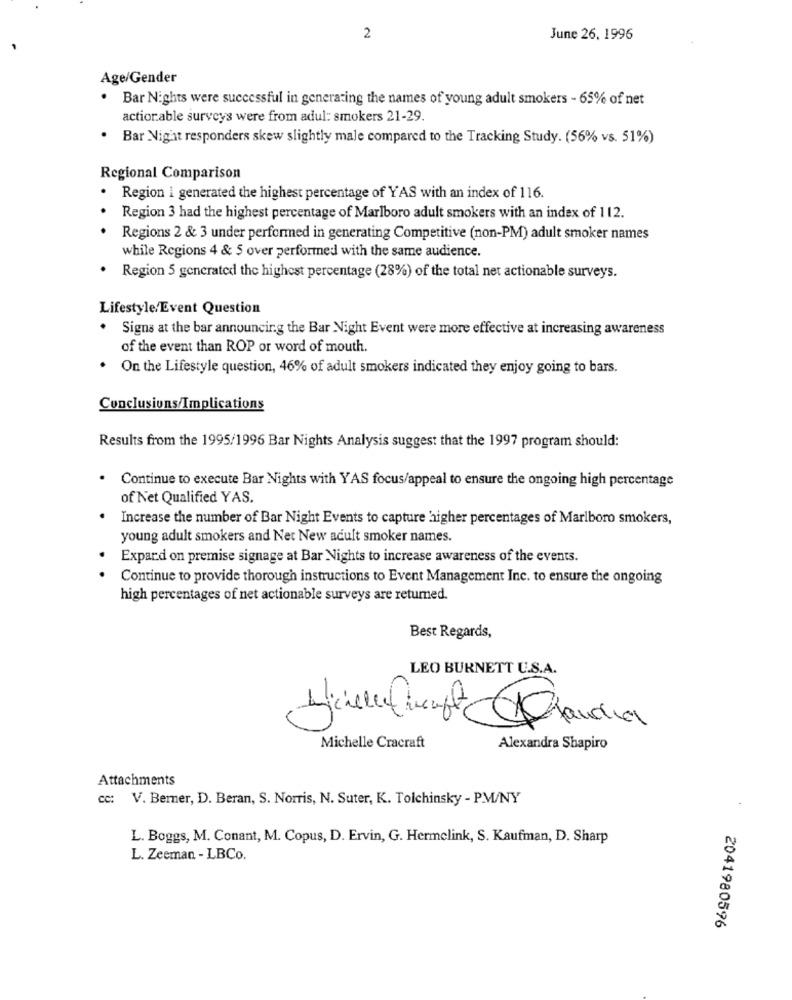
2
June 26, 1996
Age/Gender
.
Bar Nights were successful in generating the names of young adult smokers - 65% of net
actionable surveys were from adul: smokers 21-29.
.
Bar Nigat responders skew slightly male compared to the Tracking Study. (56% vs. 51%)
Regional Comparison
. Region i generated the highest percentage of YAS with an index of 116.
Region 3 had the highest percentage of Marlboro adult smokers with an index of 112.
Regions 2 & 3 under performed in generating Competitive (non-PM) adult smoker names
while Regions 4 & S over performed with the same audience.
Region 5 generated the highest percentage (28%) of the total net actionable surveys.
Lifestyle/Event Question
.
Signs at the bar announcing the Bar Night Event were more effective at increasing awareness
of the event than ROP or word of mouth.
. On the Lifestyle question, 46% of adult smokers indicated they enjoy going to bars.
Conclusions/Implications
Results from the 1995/1996 Bar Nights Analysis suggest that the 1997 program should:
. Continue to execute Bar Nights with YAS focus/appeal to ensure the ongoing high percentage
of Net Qualified YAS.
Increase the number of Bar Night Events to capture higher percentages of Marlboro smokers,
young adult smokers and Net New adult smoker names.
. Expand on premise signage at Bar Nights to increase awareness of the events.
Continue to provide thorough instructions to Event Management Inc. to ensure the ongoing
high percentages of net actionable surveys are returned.
Best Regards,
LEO BURNETT U.S.A.
Michelle Cracraft
Alexandra Shapiro
Attachments
cc: V. Berner, D. Beran, S. Norris, N. Suter, K. Tolchinsky - PM/NY
L. Boggs, M. Conant, M. Copus, D. Ervin, G. Hermelink, S. Kaufman, D. Sharp
L. Zeeman - LBCo.
2041980596